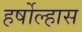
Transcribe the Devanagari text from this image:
हर्षोल्हास